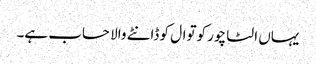
یہاں الٹا چور کوتوال کو ڈانٹے والا حساب ہے۔